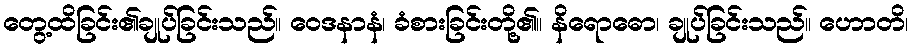
တွေ့ထိခြင်း၏ချုပ်ခြင်းသည်။ ဝေဒနာနံ၊ ခံစားခြင်းတို့၏။ နိရောဓော၊ ချုပ်ခြင်းသည်။ ဟောတိ၊